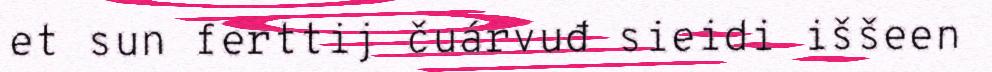
et sun ferttij čuárvuđ sieidi iššeen